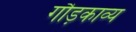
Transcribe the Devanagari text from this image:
गौड़काव्य